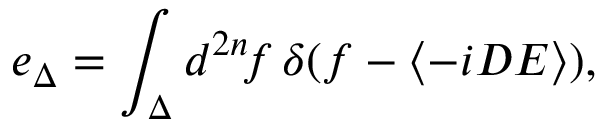
e _ { \Delta } = \int _ { \Delta } d ^ { 2 n } \! f \, \delta ( f - \langle - i D { \cal E } \rangle ) ,